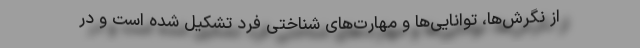
از نگرش‌ها، توانایی‌ها و مهارت‌های شناختی فرد تشکیل شده است و در